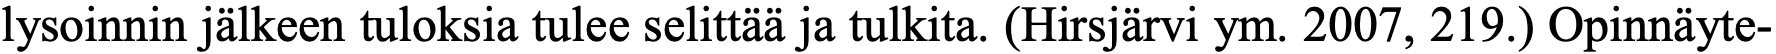
lysoinnin jälkeen tuloksia tulee selittää ja tulkita. (Hirsjärvi ym. 2007, 219.) Opinnäyte-